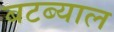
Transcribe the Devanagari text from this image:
बटब्याल